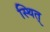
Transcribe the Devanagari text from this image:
स्थित्